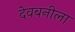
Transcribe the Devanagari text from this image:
देवबनीला